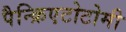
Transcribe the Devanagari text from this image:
पैन्क्रिएटोटोमी